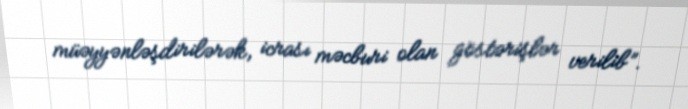
müəyyənləşdirilərək, icrası məcburi olan göstərişlər verilib”.